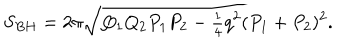
LaTeX: S _ { B H } = 2 \pi \sqrt { Q _ { 1 } Q _ { 2 } P _ { 1 } P _ { 2 } - { \textstyle { \frac { 1 } { 4 } } } q ^ { 2 } ( P _ { 1 } + P _ { 2 } ) ^ { 2 } } .